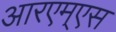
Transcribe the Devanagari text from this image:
आरएम्एस